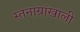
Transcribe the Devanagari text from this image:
स्तनाग्रांखाली